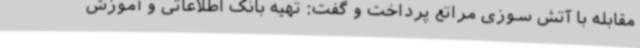
مقابله با آتش سوزی مراتع پرداخت و گفت: تهیه بانک اطلاعاتی و آموزش